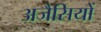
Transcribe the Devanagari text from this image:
अजैसियों